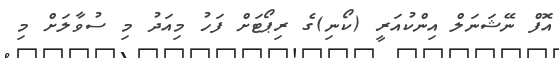
އޮފް ނޭޝަނަލް އިންކުއަރީ (ކޯނި)ގެ ރިޕޯޓަށް ފަހު މިއަދު މި ސުވާލަށް މި